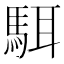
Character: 駬